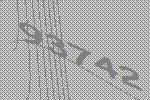
93742